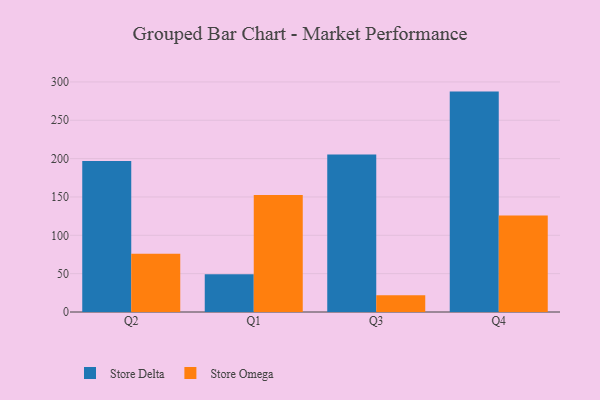
{"axis": {"x": "Quarter", "y": "Temperature (°C)"}, "legend": ["Store Delta", "Store Omega"], "data": [{"x": "Q2", "y": 197.0, "type": "Store Delta"}, {"x": "Q2", "y": 75.8, "type": "Store Omega"}, {"x": "Q1", "y": 49.3, "type": "Store Delta"}, {"x": "Q1", "y": 152.6, "type": "Store Omega"}, {"x": "Q3", "y": 205.3, "type": "Store Delta"}, {"x": "Q3", "y": 21.8, "type": "Store Omega"}, {"x": "Q4", "y": 287.4, "type": "Store Delta"}, {"x": "Q4", "y": 125.7, "type": "Store Omega"}]}